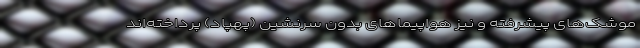
موشک‌های پیشرفته و نیز هواپیماهای بدون سرنشین (پهپاد) پرداخته‌اند